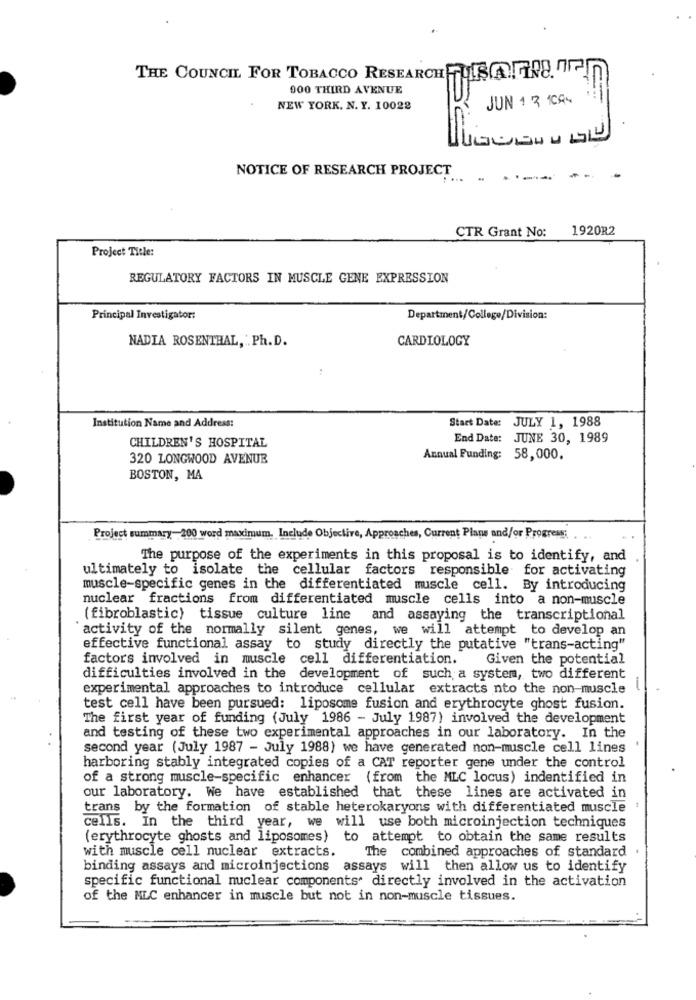
THE COUNCIL FOR TOBACCO RESEARCHFUSARO ?
900 THIRD AVENUE
JUN 1 R ICAS
NEW YORK. N. Y. 10028
NOTICE OF RESEARCH PROJECT
CTR Grant No:
1920R2
Project Title:
REGULATORY FACTORS IN MUSCLE GENE EXPRESSION
Principal Investigator:
Department/College/Division:
NADIA ROSENTHAL, Ph. D.
CARDIOLOGY
Institution Name and Address:
Start Date: JULY 1, 1988
End Date: JUNE 30, 1989
CHILDREN'S HOSPITAL
320 LONGWOOD AVENUE
Annual Funding: 58,000.
BOSTON, MA
Project summary- 200 word maximum. Include Objective, Approaches, Current Plans and/or Progress;
The purpose of the experiments in this proposal is to identify, and
ultimately to isolate the cellular factors responsible for activating
muscle-specific genes in the differentiated muscle cell. By introducing
nuclear fractions from differentiated muscle cells into a non-muscle
(fibroblastic) tissue culture line and assaying the transcriptional
activity of the normally silent genes, we will attempt to develop an
effective functional assay to study directly the putative "trans-acting"
factors involved in muscle cell differentiation.
Given the potential
difficulties involved in the development of such a system, two different
experimental approaches to introduce cellular extracts nto the non-muscle
test cell have been pursued: liposome fusion and erythrocyte ghost fusion.
The first year of funding (July 1986 - July 1987) involved the development
and testing of these two experimental approaches in our laboratory. In the
second year (July 1987 - July 1988) we have generated non-muscle cell lines
harboring stably integrated copies of a CAT reporter gene under the control
of a strong muscle-specific enhancer (from the MLC locus) indentified in
our laboratory. We have established that these lines are activated in
trans by the formation of stable heterokaryons with differentiated muscle
cells. In the third year, we will use both microinjection techniques
(erythrocyte ghosts and liposomes)
to attempt to obtain the same results
with muscle cell nuclear extracts.
The combined approaches of standard
binding assays and microinjections assays will then allow us to identify
specific functional nuclear components. directly involved in the activation
of the MLC enhancer in muscle but not in non-muscle tissues.